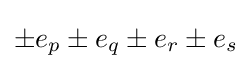
\pm e_{p}\pm e_{q}\pm e_{r}\pm e_{s}